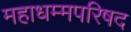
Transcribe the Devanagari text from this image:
महाधम्मपरिषद